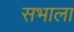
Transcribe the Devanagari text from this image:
सभाला